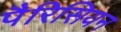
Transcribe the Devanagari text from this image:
पैरिसियन